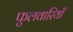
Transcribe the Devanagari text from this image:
फुलवारियाँ